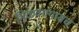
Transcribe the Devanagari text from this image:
मिळवण्यासच